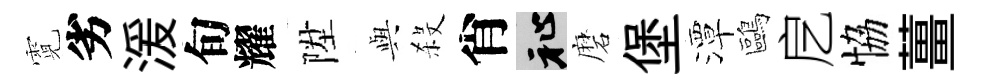
霓劣湲旬耀陞𫤰殺肖祉磨堡潭鷗戹恊薑